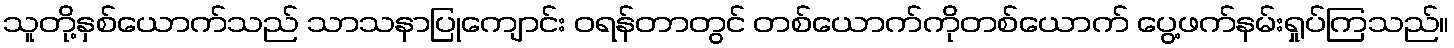
သူတို့နှစ်ယောက်သည် သာသနာပြုကျောင်း ဝရန်တာတွင် တစ်ယောက်ကိုတစ်ယောက် ပွေ့ဖက်နမ်းရှုပ်ကြသည်။